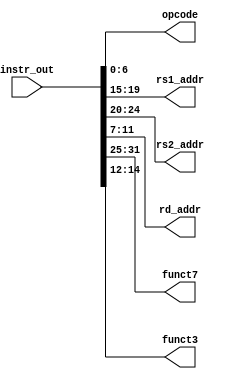
module Distributor(
    input [31:0] instr_out,
    output reg [6:0] opcode,
    output reg  [4:0] rs1_addr,
    output reg [4:0] rs2_addr,
    output reg [4:0] rd_addr,
    output reg [6:0] funct7,
    output reg [2:0] funct3
);


always @(instr_out) begin

    funct7 = instr_out[31:25];
    rs2_addr = instr_out[24:20];
    rs1_addr = instr_out[19:15];
    funct3 = instr_out[14:12];
    rd_addr = instr_out[11:7];
    opcode = instr_out[6:0];
end

endmodule